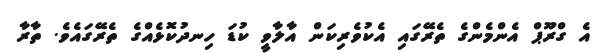
އެ ގްރޫޕް އެންމެންގެ ތެރޭގައި އެކުވެރިކަން އާލާވީ ކުޑަ ހިނދުކޮޅެއްގެ ތެރޭގައެވެ. ތާރާ